Vaccination United Provinces of Agra and Oudh 1902-1913 - 1902-1913
Year: 1902
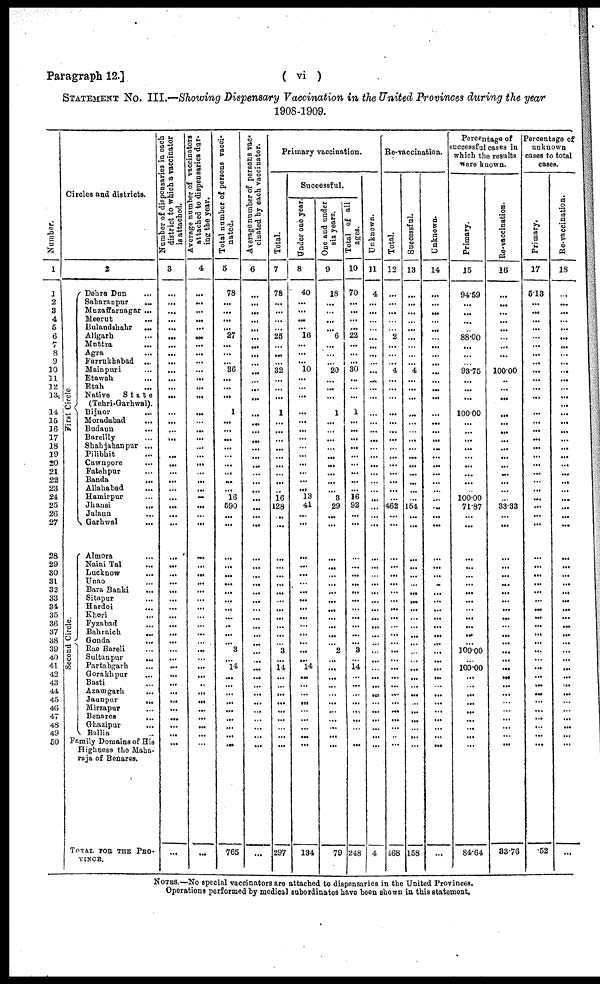
( vi )
Paragraph 12.]
STATEMENT No. III.—Showing Dispensary Vaccination in the United Provinces during the year
1908-1909.
Number.
1
1
2
3
4
5
6
7
8
9
10
11
12
13
14
15
16
17
18
19
20
21
22
23
24
25
26
27
28
29
30
31
32
33
34
35
36
37
38
39
40
41
42
43
44
45
46
47
48
49
50
Circles and districts.
2
First Circle.
Second Circle.
Dehra Dun
...
Saharanpur
...
Muzaffarnagar ...
Meerut ...
Bulandshahr
...
Aligarh ...
Muttra
...
Agra ...
Farrukhabad ...
Mainpuri ...
Etawah ...
Etah ...
Native
State
(Tehri-Garhwal).
Bijnor ...
Moradabad
...
Budaun
...
Bareilly ...
Shahjahanpur ...
Pilibhit ...
Cawnpore ...
Fatehpur ...
Banda
...
Allahabad ...
Hamirpur ...
Jhansi
...
Jalaun
...
Garhwal
...
Almora ...
Naini Tal ...
Lucknow ...
Unao ...
Bara Banki
...
Sitapur ...
Hardoi ...
Kheri ...
Fyzabad ...
Bahraich
...
Gonda ...
Rae Bareli ...
Sultanpur
...
Partabgarh ...
Gorakhpur ...
Basti ...
Azamgarh ...
Jaunpur
...
Mirzapur ...
Benares ...
Ghazipur
...
Ballia ...
Family Domains of His
Highness the Maha-
raja of Benares.
TOTAL FOR THE PRO¬
VINCE.
Number of dispensaries in each
district to which a vaccinator
is attached.
3
...
...
...
...
...
...
...
...
...
...
...
...
...
...
...
...
...
...
...
...
...
...
...
...
...
...
...
...
...
...
...
...
...
...
...
...
...
...
...
...
...
...
...
...
...
...
...
...
...
...
...
Average number of vaccinators
attached to dispensaries dur-
ing the year.
4
...
...
...
...
...
...
...
...
...
...
...
...
...
...
...
...
...
...
...
...
...
...
...
...
...
...
...
...
...
...
...
...
...
...
...
...
...
...
...
...
...
...
...
...
...
...
...
...
...
...
...
Total number of persons vacci-
nated.
5
78
...
...
...
...
27
...
...
...
36
...
...
...
1
...
...
...
...
...
...
...
...
...
16
590
...
...
...
...
...
...
...
...
...
...
...
...
...
3
...
.14
...
...
...
...
...
...
...
...
...
765
Average number of persons vac¬
cinated by each vaccinator.
6
...
...
...
...
...
...
...
...
...
...
...
...
...
...
...
...
...
...
...
...
...
...
...
...
...
...
...
...
...
...
...
...
...
...
...
...
...
...
...
...
...
...
...
...
...
...
...
...
...
...
...
Primary vaccination.
Total.
7
78
...
...
...
...
25
...
...
...
32
...
...
...
1
...
...
...
...
...
...
...
...
...
16
128
...
...
...
...
...
...
...
...
...
...
...
...
...
3
...
14
...
...
...
...
...
...
...
...
...
297
Successful.
Under one year.
8
40
...
...
...
...
16
...
...
...
10
...
...
...
...
...
...
...
...
...
...
...
...
...
13
41
...
...
...
...
...
...
...
...
...
...
...
...
...
...
...
14
...
...
...
...
...
...
...
...
...
134
One and under
six years.
9
18
...
...
...
...
6
...
...
...
20
...
...
...
1
...
...
...
...
...
...
...
...
...
3
29
...
...
...
...
...
...
...
...
...
...
...
...
...
2
...
...
...
...
...
...
...
...
...
...
...
79
Total of all
ages.
10
70
...
...
...
...
22
...
...
...
30
...
...
...
1
...
...
...
...
...
...
...
...
...
16
92
...
...
...
...
...
...
...
...
...
...
...
...
...
3
...
14
...
...
...
...
...
...
...
...
...
248
Unknown.
11
4
...
...
...
...
...
...
...
...
...
...
...
...
...
...
...
...
...
...
...
...
...
...
...
...
...
...
...
...
...
...
...
...
...
...
...
...
...
...
...
...
...
...
...
...
...
...
...
...
...
4
Re-vaccination.
Total.
12
...
...
...
...
...
2
...
...
...
4
...
...
...
...
...
...
...
...
...
...
...
...
...
...
462
...
...
...
...
...
...
...
...
...
...
...
...
...
...
...
...
...
... ...
...
...
...
...
...
...
468
Successful.
13
...
...
...
...
...
...
...
...
4
...
...
...
...
...
...
...
...
...
...
...
...
...
...
154
...
...
...
...
...
...
...
...
...
...
...
...
...
...
...
...
...
...
...
...
...
...
...
...
...
158
Unknown.
14
...
...
...
...
...
...
...
...
...
...
...
...
...
...
...
...
...
...
...
...
...
...
...
...
...
...
...
...
...
...
...
...
...
...
...
...
...
...
...
...
...
...
...
...
...
...
...
...
...
...
...
Percentage of
successful cases in
which the results
were known.
Primary.
15
94.59
...
...
...
...
88.00
...
...
...
93.75
...
...
...
100.00
...
...
...
...
...
...
...
...
...
100.00
71.87
...
...
...
...
...
...
...
...
...
...
...
...
...
100.00
...
100.00
...
...
...
...
...
...
...
...
...
84.64
Re-vaccination.
16
...
...
...
...
...
...
...
...
...
100.00
...
...
...
...
...
...
...
...
...
...
...
...
...
...
33.33
...
...
...
...
...
...
...
...
...
...
...
...
...
...
...
...
...
...
...
...
...
...
...
...
...
33.76
Percentage of
unknown
cases to total
cases.
Primary.
17
5.13
...
...
...
...
...
...
...
...
...
...
...
...
...
...
...
...
...
...
...
...
...
...
...
...
...
...
...
...
...
...
...
...
...
...
...
...
...
...
...
...
...
...
...
...
...
...
...
...
.52
Re-vaccination.
18
...
...
...
...
...
...
...
...
...
...
...
...
...
...
...
...
...
...
...
...
...
...
...
...
...
...
...
...
...
...
...
...
...
...
...
...
...
...
...
...
...
...
...
...
...
...
...
...
...
...
...
NOTES.—No special vaccinators are attached to dispensaries in the United Provinces.
Operations performed by medical subordinates have been shown in this statement.